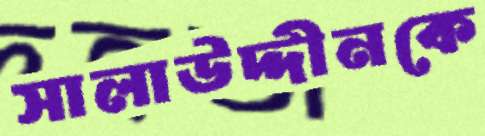
সালাউদ্দীনকে